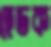
হেডক